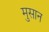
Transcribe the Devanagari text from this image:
मुसान